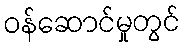
ဝန်ဆောင်မှုတွင်